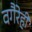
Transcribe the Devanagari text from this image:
वगैरेही